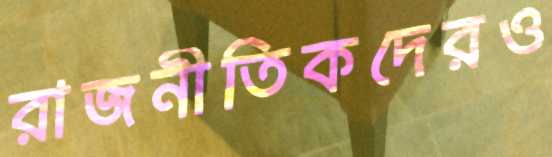
রাজনীতিকদেরও